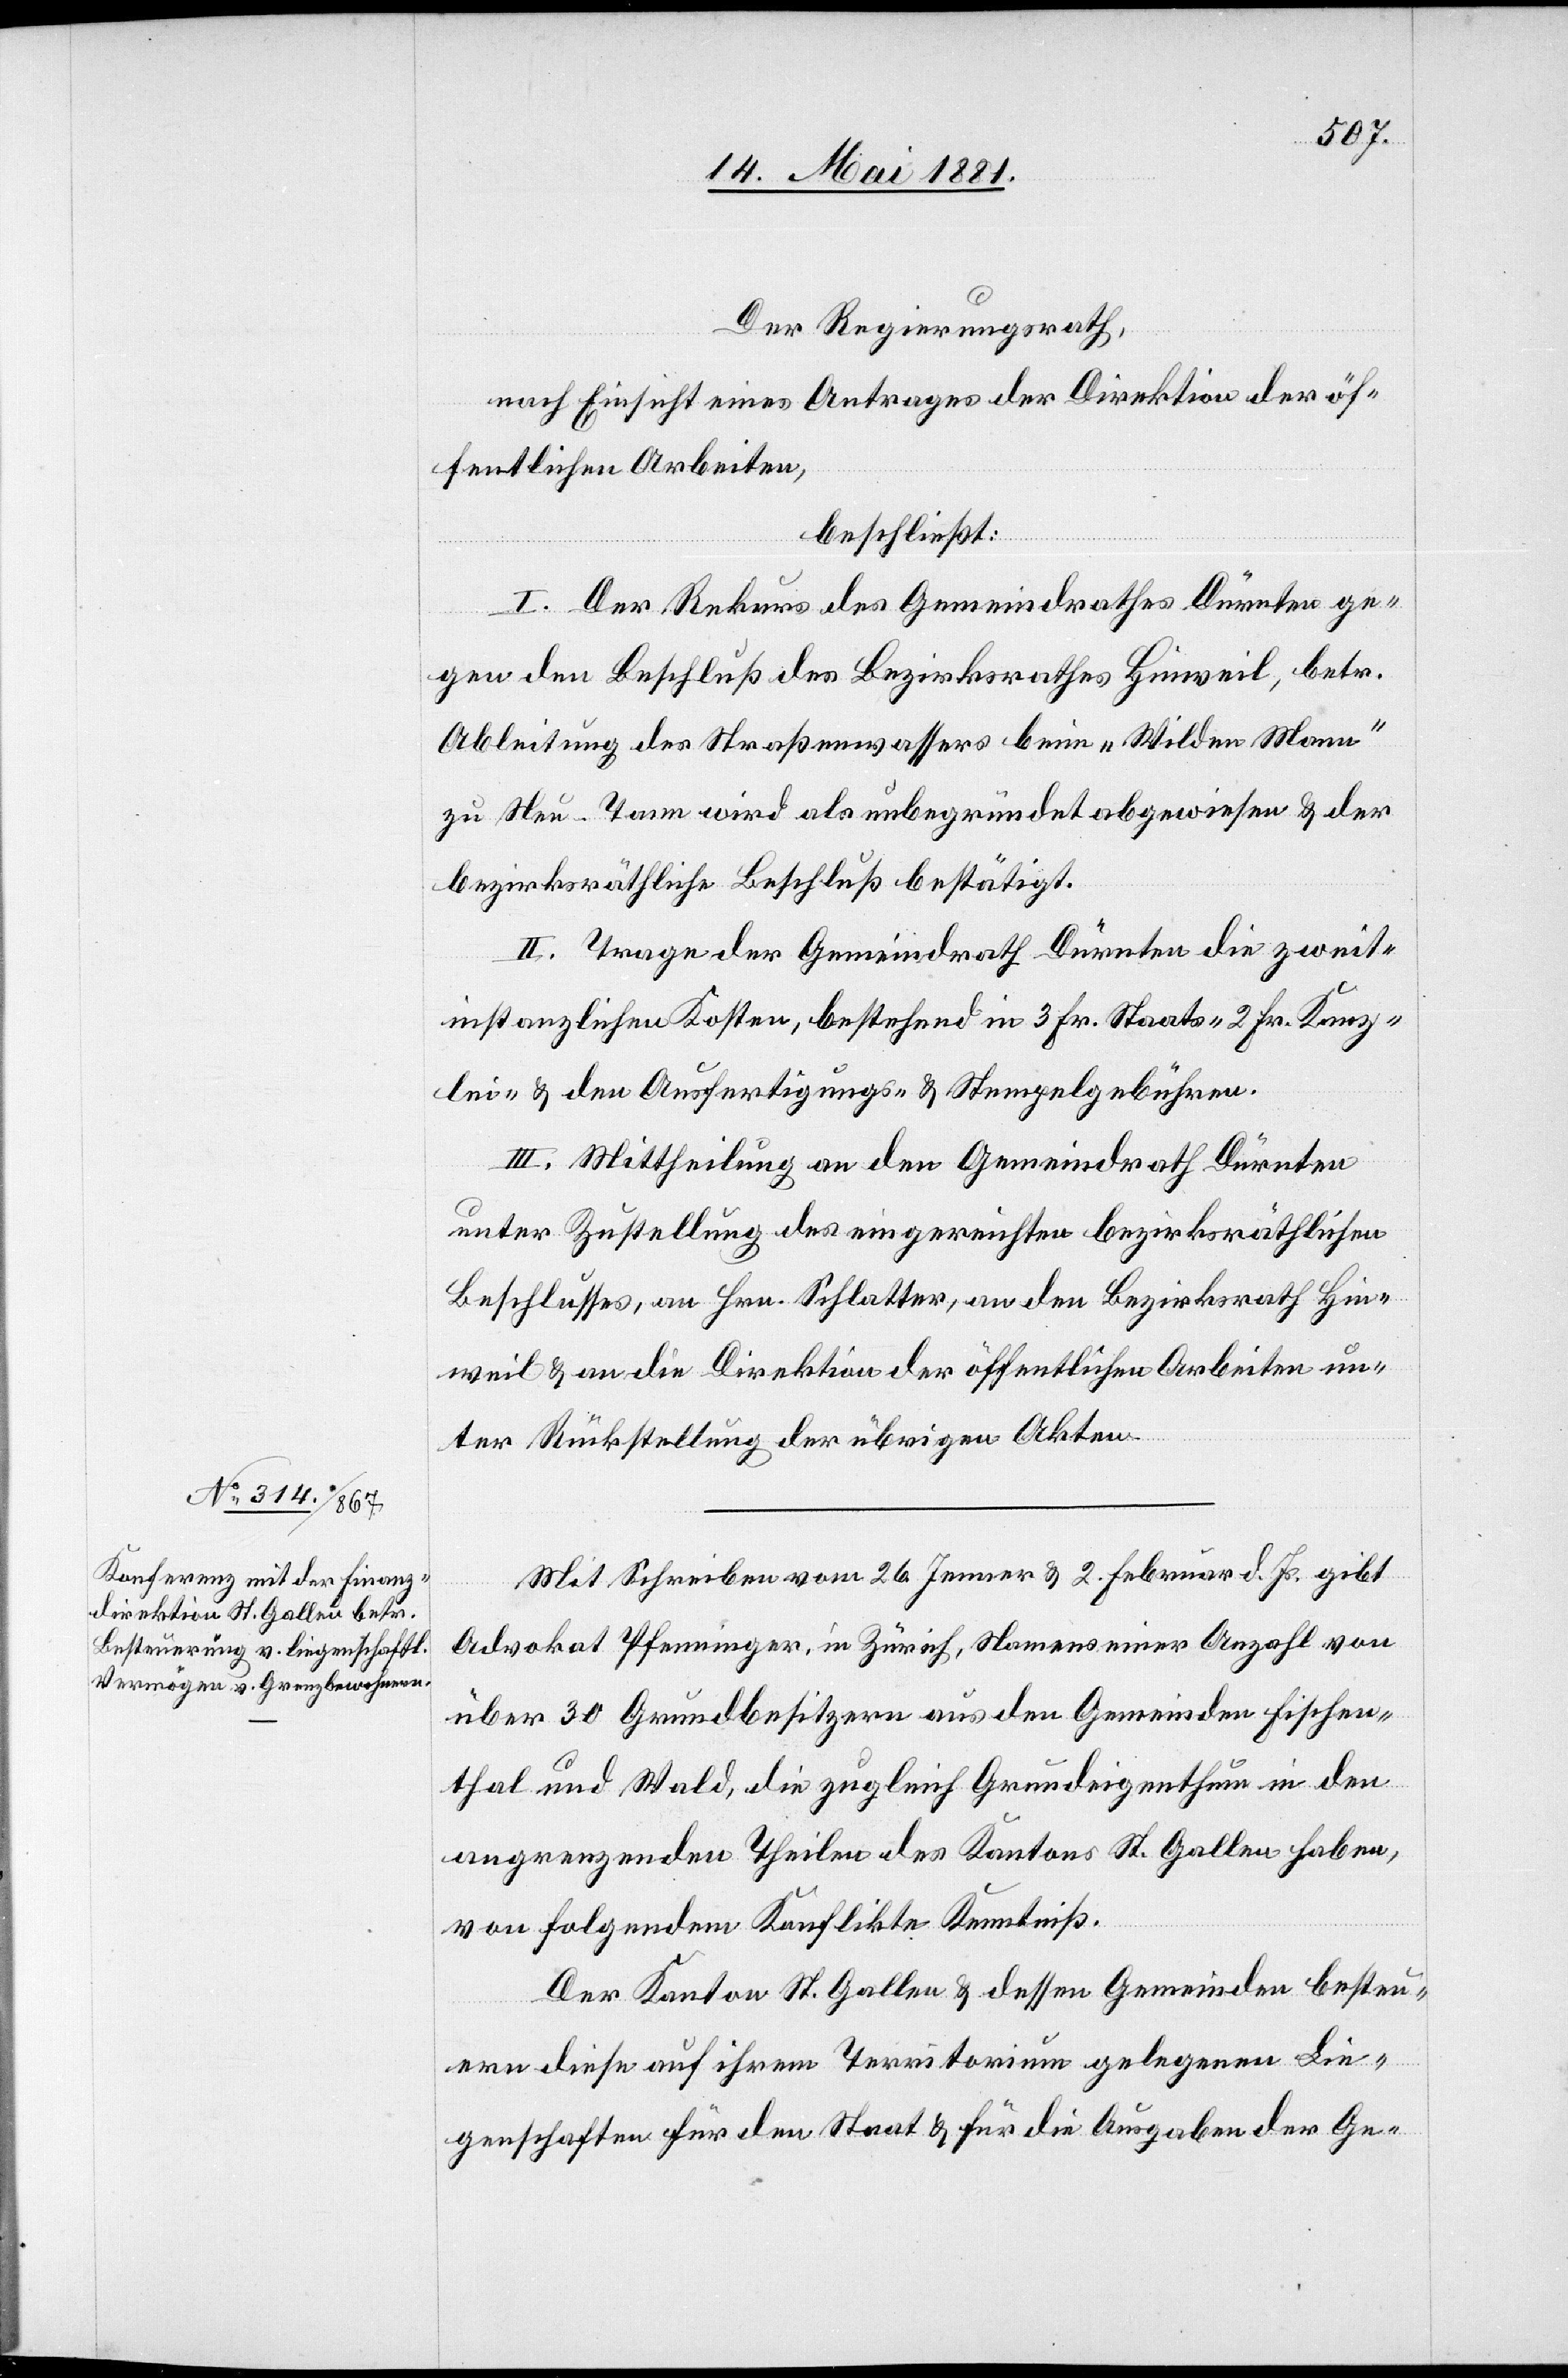
Der Regierungsrath,
nach Einsicht eines Antrages der Direktion der öf¬
fentlichen Arbeiten,
beschließt:
I. Der Rekurs des Gemeindrathes Dürnten ge¬
gen den Beschluß des Bezirksrathes Hinweil, betr.
Ableitung des Straßenwassers beim „Wilden Mann“
zu Neu-Tann wird als unbegründet abgewiesen & der
bezirksräthliche Beschluß bestätigt.
II. Trage der Gemeindrath Dürnten die zweit¬
instanzlichen Kosten, bestehend in 3 Fr. Staats- 2. Fr. Kanz¬
lei- & den Ausfertigungs- & Stempelgebühren.
III. Mittheilung an den Gemeindrath Dürnten
unter Zustellung des eingereichten bezirksräthlichen
Beschlusses, an Hrn. Schlatter, an den Bezirksrath Hin¬
weil & an die Direktion der öffentlichen Arbeiten un¬
ter Rückstellung der übrigen Akten.
Mit Schreiben vom 26. Jenner & 2. Februar d. Js. gibt
Advokat Pfenninger in Zürich, Namens einer Anzahl von
über 30 Grundbesitzern aus den Gemeinden Fischen¬
thal und Wald, die zugleich Grundeigenthum in den
angrenzenden Theilen des Kantons St. Gallen haben,
von folgendem Konflikte Kenntniß.
Der Kanton St. Gallen & dessen Gemeinden besteu¬
ern diese auf ihrem Territorium gelegenen Lie¬
genschaften für den Staat & für die Ausgaben der Ge-